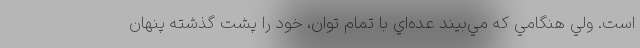
است. ولي هنگامي كه مي‌بيند عده‌اي با تمام توان، خود را پشت گذشته پنهان